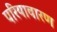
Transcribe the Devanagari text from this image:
परियावारण